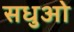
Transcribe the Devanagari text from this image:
सधुओ